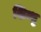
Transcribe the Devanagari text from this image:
शिन्धु